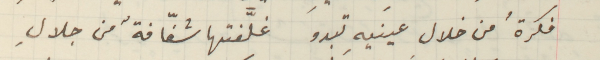
فكرةُ من خلال عينيهِ تبدو غلَّفتها شفّافةٌ من جلالِ